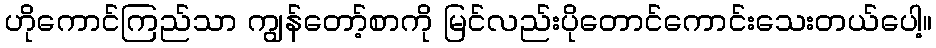
ဟိုကောင်ကြည်သာ ကျွန်တော့်စာကို မြင်လည်းပိုတောင်ကောင်းသေးတယ်ပေါ့။